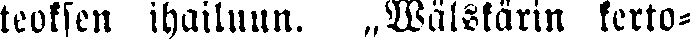
teoksen ihailuun. „Wälskärin kerto-